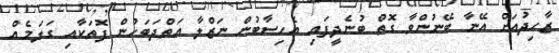
ޒާހިދުއަށް އޭނާ ބޭނުންވާ ގޮތް ބުނެދީފައި އެހިސާބުން ނަޒްލާ އަތްދަބަހުން ފޮތަކާއި ގަލަމެއް